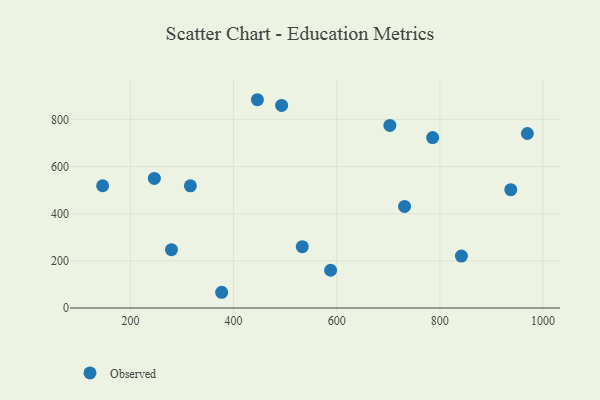
{"axis": {"x": "Study Hours", "y": "Sales"}, "legend": ["Observed"], "data": [{"x": "446.2", "y": 883.3, "type": "Observed"}, {"x": "533.2", "y": 260.0, "type": "Observed"}, {"x": "731.6", "y": 430.6, "type": "Observed"}, {"x": "841.9", "y": 220.2, "type": "Observed"}, {"x": "316.2", "y": 518.3, "type": "Observed"}, {"x": "376.9", "y": 66.7, "type": "Observed"}, {"x": "493.2", "y": 859.0, "type": "Observed"}, {"x": "146.0", "y": 518.5, "type": "Observed"}, {"x": "937.6", "y": 501.7, "type": "Observed"}, {"x": "703.1", "y": 774.1, "type": "Observed"}, {"x": "786.1", "y": 722.9, "type": "Observed"}, {"x": "246.3", "y": 549.4, "type": "Observed"}, {"x": "588.2", "y": 160.1, "type": "Observed"}, {"x": "969.8", "y": 740.0, "type": "Observed"}, {"x": "279.5", "y": 247.4, "type": "Observed"}]}